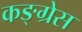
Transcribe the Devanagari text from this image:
कङ्ग्रेस